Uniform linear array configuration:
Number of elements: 64
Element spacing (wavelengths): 0.5
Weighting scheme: blackman
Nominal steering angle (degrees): -60
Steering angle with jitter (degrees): -59.54
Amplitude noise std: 0.05
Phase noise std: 0.05

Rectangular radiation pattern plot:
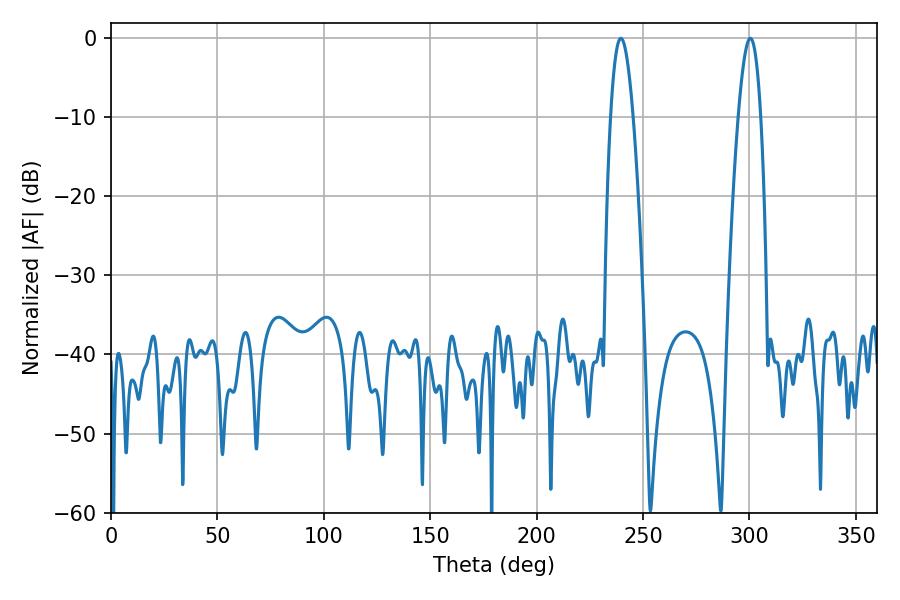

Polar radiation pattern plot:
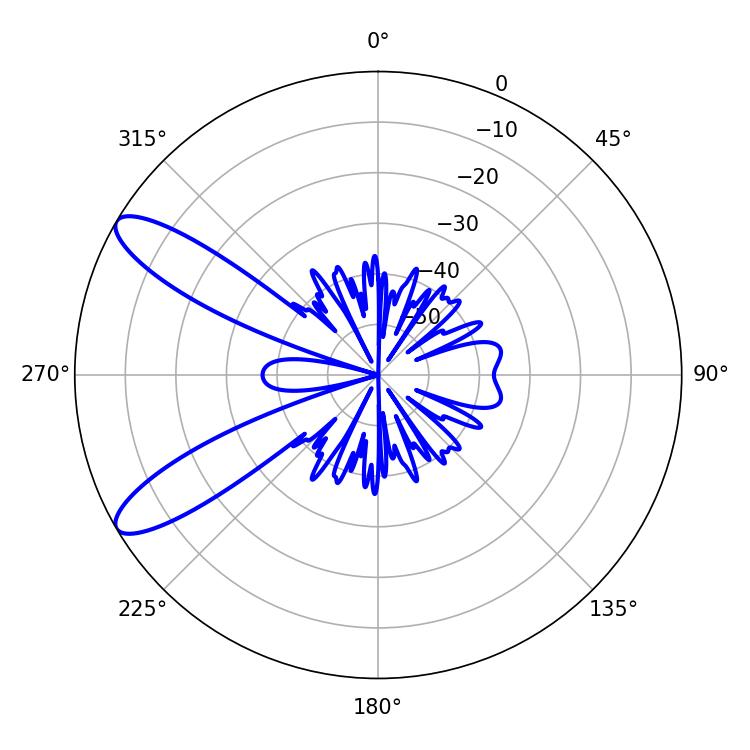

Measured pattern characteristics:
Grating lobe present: FALSE
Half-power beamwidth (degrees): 5.76
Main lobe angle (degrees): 239.58